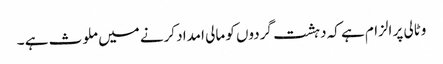
وٹالی پر الزام ہے کہ دہشت گردوں کو مالی امداد کرنے میں ملوث ہے ۔